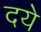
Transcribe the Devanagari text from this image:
दये